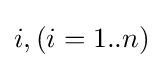
i,(i=1..n)